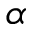
\alpha